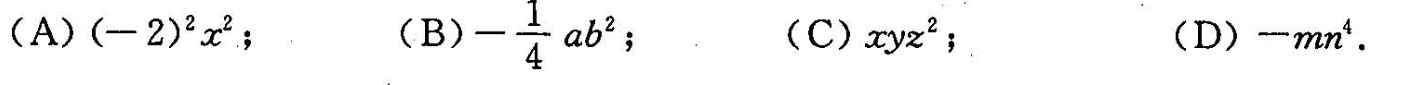
(A)(-2)^{2}x^{2}；(B)- \frac{1}{4}ab^{2}$ (C)xyz^{2}；(D)-mn^{4}.